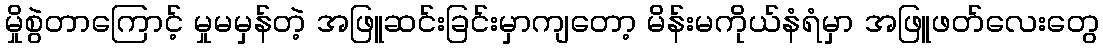
မှိုစွဲတာကြောင့် မှုမမှန်တဲ့ အဖြူဆင်းခြင်းမှာကျတော့ မိန်းမကိုယ်နံရံမှာ အဖြူဖတ်လေးတွေ